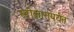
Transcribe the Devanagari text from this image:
स्वीकारापर्यंत